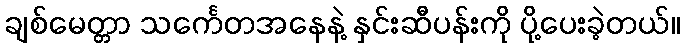
ချစ်မေတ္တာ သင်္ကေတအနေနဲ့ နှင်းဆီပန်းကို ပို့ပေးခဲ့တယ်။